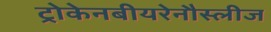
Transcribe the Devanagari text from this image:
ट्रोकेनबीयरेनौस्लीज